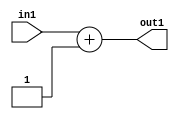
`timescale 1ps / 1ps
/*****************************************************************************
    Verilog RTL Description
    
    
    Created by: Stratus DpOpt 2019.1.01 
*******************************************************************************/

module GaussFilter_Add2i1u2_4 (
	in1,
	out1
	); /* architecture "behavioural" */ 
input [1:0] in1;
output [1:0] out1;
wire [1:0] asc001;

assign asc001 = 
	+(in1)
	+(2'B01);

assign out1 = asc001;
endmodule

/* CADENCE  urb3Qgo= : u9/ySgnWtBlWxVPRXgAZ4Og= ** DO NOT EDIT THIS LINE ******/